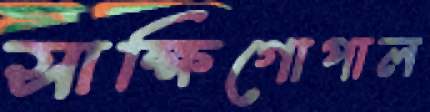
সাক্ষিগোপাল